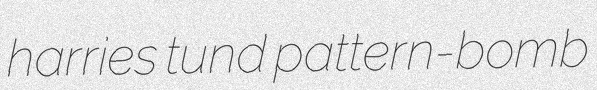
harries tund pattern-bomb